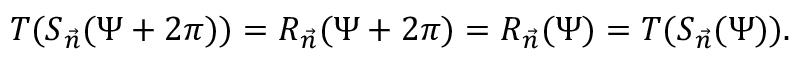
T ( S _ { \vec { n } } ( \Psi + 2 \pi ) ) = R _ { \vec { n } } ( \Psi + 2 \pi ) = R _ { \vec { n } } ( \Psi ) = T ( S _ { \vec { n } } ( \Psi ) ) .